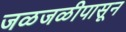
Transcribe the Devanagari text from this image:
जळजळीपासून